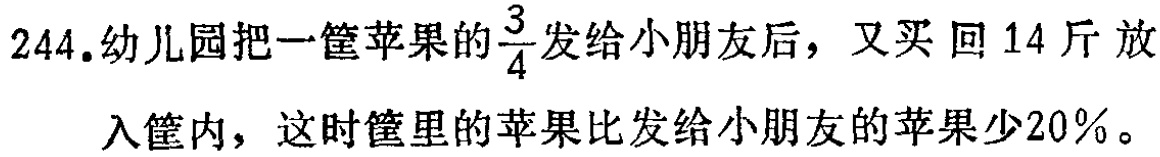
244.幼儿园把一筐苹果的$\frac{3}{4}$发给小朋友后，又买回14斤放入筐内，这时筐里的苹果比发给小朋友的苹果少20%。